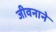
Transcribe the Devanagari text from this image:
जीवनाने